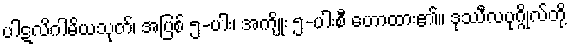
ပါဋလိဂါမိယသုတ်၊ အပြစ် ၅-ပါး၊ အကျိုး ၅-ပါးစီ ဟောထား၏။ ဒုဿီလပုဂ္ဂိုလ်တို့